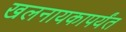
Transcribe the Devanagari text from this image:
खलनायकापर्यंत